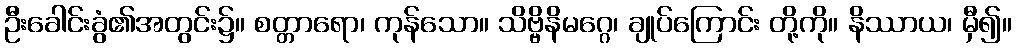
ဦးခေါင်းခွံ၏အတွင်း၌။ စတ္တာရော၊ ကုန်သော။ သိဗ္ဗိနိမဂ္ဂေ၊ ချုပ်ကြောင်း တို့ကို။ နိဿာယ၊ မှီ၍။